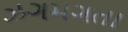
ઝગમગતા